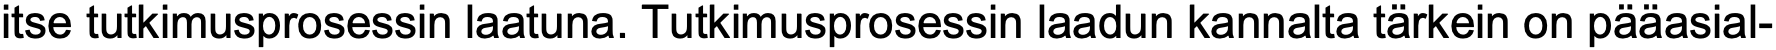
itse tutkimusprosessin laatuna. Tutkimusprosessin laadun kannalta tärkein on pääasial-